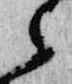
之